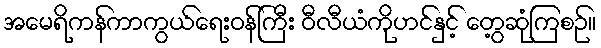
အမေရိကန်ကာကွယ်ရေးဝန်ကြီး ဝီလီယံကိုဟင်နှင့် တွေ့ဆုံကြစဉ်။